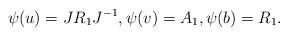
LaTeX: \begin{align*}\psi(u)=JR_1J^{-1},\psi(v)=A_1,\psi(b)=R_1.\end{align*}